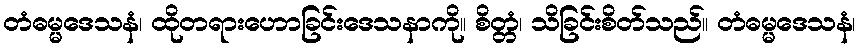
တံဓမ္မဒေသနံ၊ ထိုတရားဟောခြင်းဒေသနာကို။ စိတ္တံ၊ သိခြင်းစိတ်သည်။ တံဓမ္မဒေသနံ၊